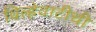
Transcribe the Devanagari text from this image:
विल्हेवाटीची